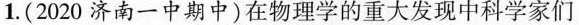
1.(2020济南一中期中)在物理学的重大发现中科学家们